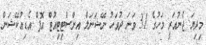
މިދިޔަ ޖެނުއަރީ މަހުގެ 31 ވަނަ ދުވަހު ނޭޝަނަލް އިންސްޓިޓިއުޓް އޮފް އެޑިއުކޭޝަން